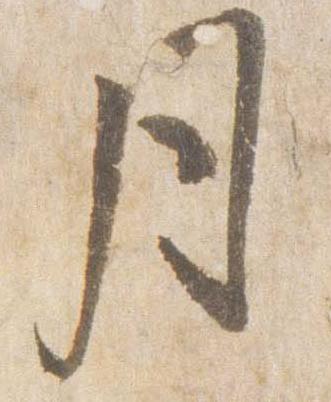
月